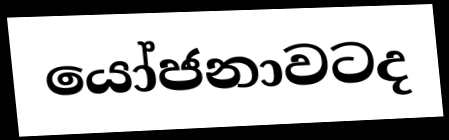
යෝජනාවටද